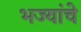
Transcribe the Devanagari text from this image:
भज्यांचे